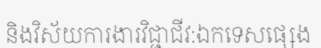
និងវិស័យការងារវិជ្ជាជីវ:ឯកទេសផ្សេង